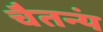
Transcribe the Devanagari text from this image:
चैतन्यं